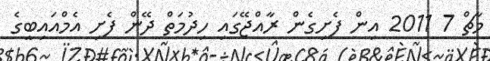
މާޗް 7 2011 އިން ފެށިގެން ރާއްޖޭގައި ހިދުމަތް ދޭން ފެށި އެމްއައިބީގެ